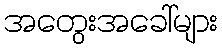
အတွေးအခေါ်များ